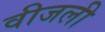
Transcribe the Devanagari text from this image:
वीजली